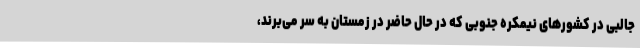
جالبی در کشورهای نیمکره جنوبی که در حال حاضر در زمستان به سر می‌برند،